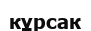
кұрсак